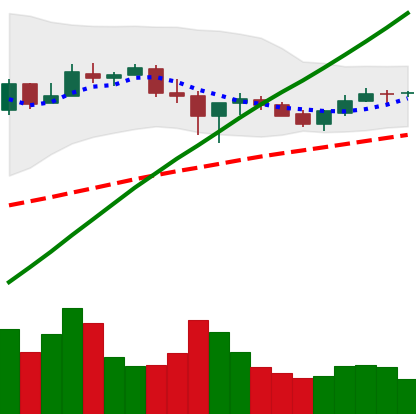
Ticker: BTC-USD
Chart end date: 2017-07-06
Forward return: -10.38%
Label: down_7plus